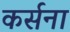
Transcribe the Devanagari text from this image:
कर्सना